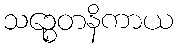
သဉ္စေတနိကာယ